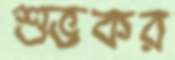
শুভকর